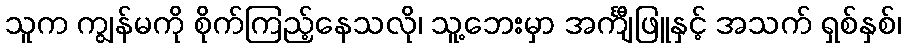
သူက ကျွန်မကို စိုက်ကြည့်နေသလို၊ သူ့ဘေးမှာ အင်္ကျီဖြူနှင့် အသက် ရှစ်နှစ်၊